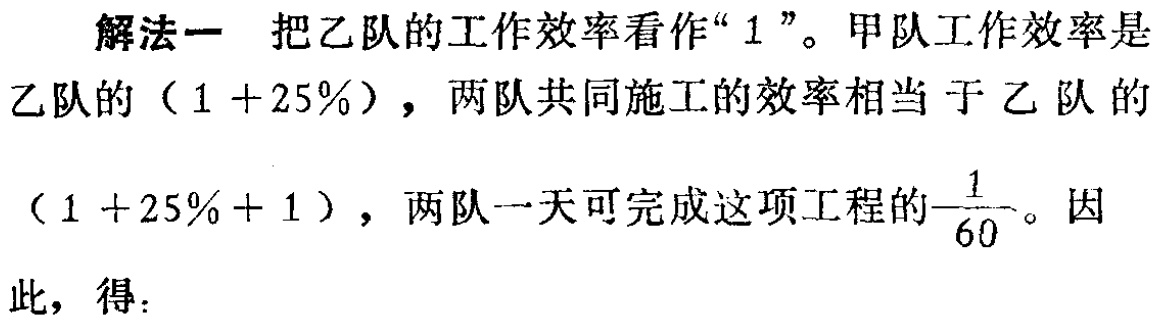
解法一 把乙队的工作效率看作“$1$”。甲队工作效率是

乙队的（$1 + 25\%$），两队共同施工的效率相当于乙队的

（$1 + 25\%+ 1$），两队一天可完成这项工程的$\frac{1}{60}$。因

此，得：